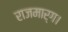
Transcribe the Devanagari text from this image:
राजमार्ग।